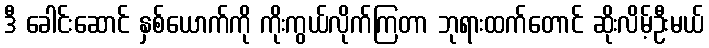
ဒီ ခေါင်းဆောင် နှစ်ယောက်ကို ကိုးကွယ်လိုက်ကြတာ ဘုရားထက်တောင် ဆိုးလိမ့်ဦးမယ်